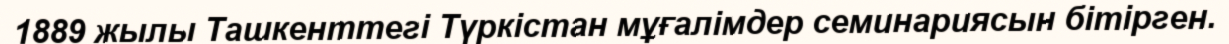
1889 жылы Ташкенттегі Түркістан мұғалімдер семинариясын бітірген.